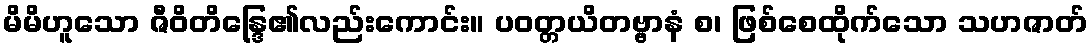
မိမိဟူသော ဇီဝိတိန္ဒြေ၏လည်းကောင်း။ ပဝတ္တယိတဗ္ဗာနံ စ၊ ဖြစ်စေထိုက်သော သဟဇာတ်